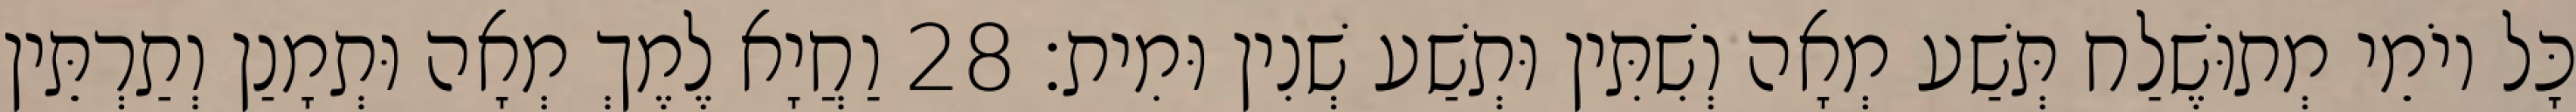
כָּל יוֹמֵי מְתוּשֶׁלַח תְּשַׁע מְאָה וְשִׁתִּין וּתְשַׁע שְׁנִין וּמִית׃ 28 וַחֲיָא לֶמֶךְ מְאָה וּתְמָנַן וְתַרְתֵּין